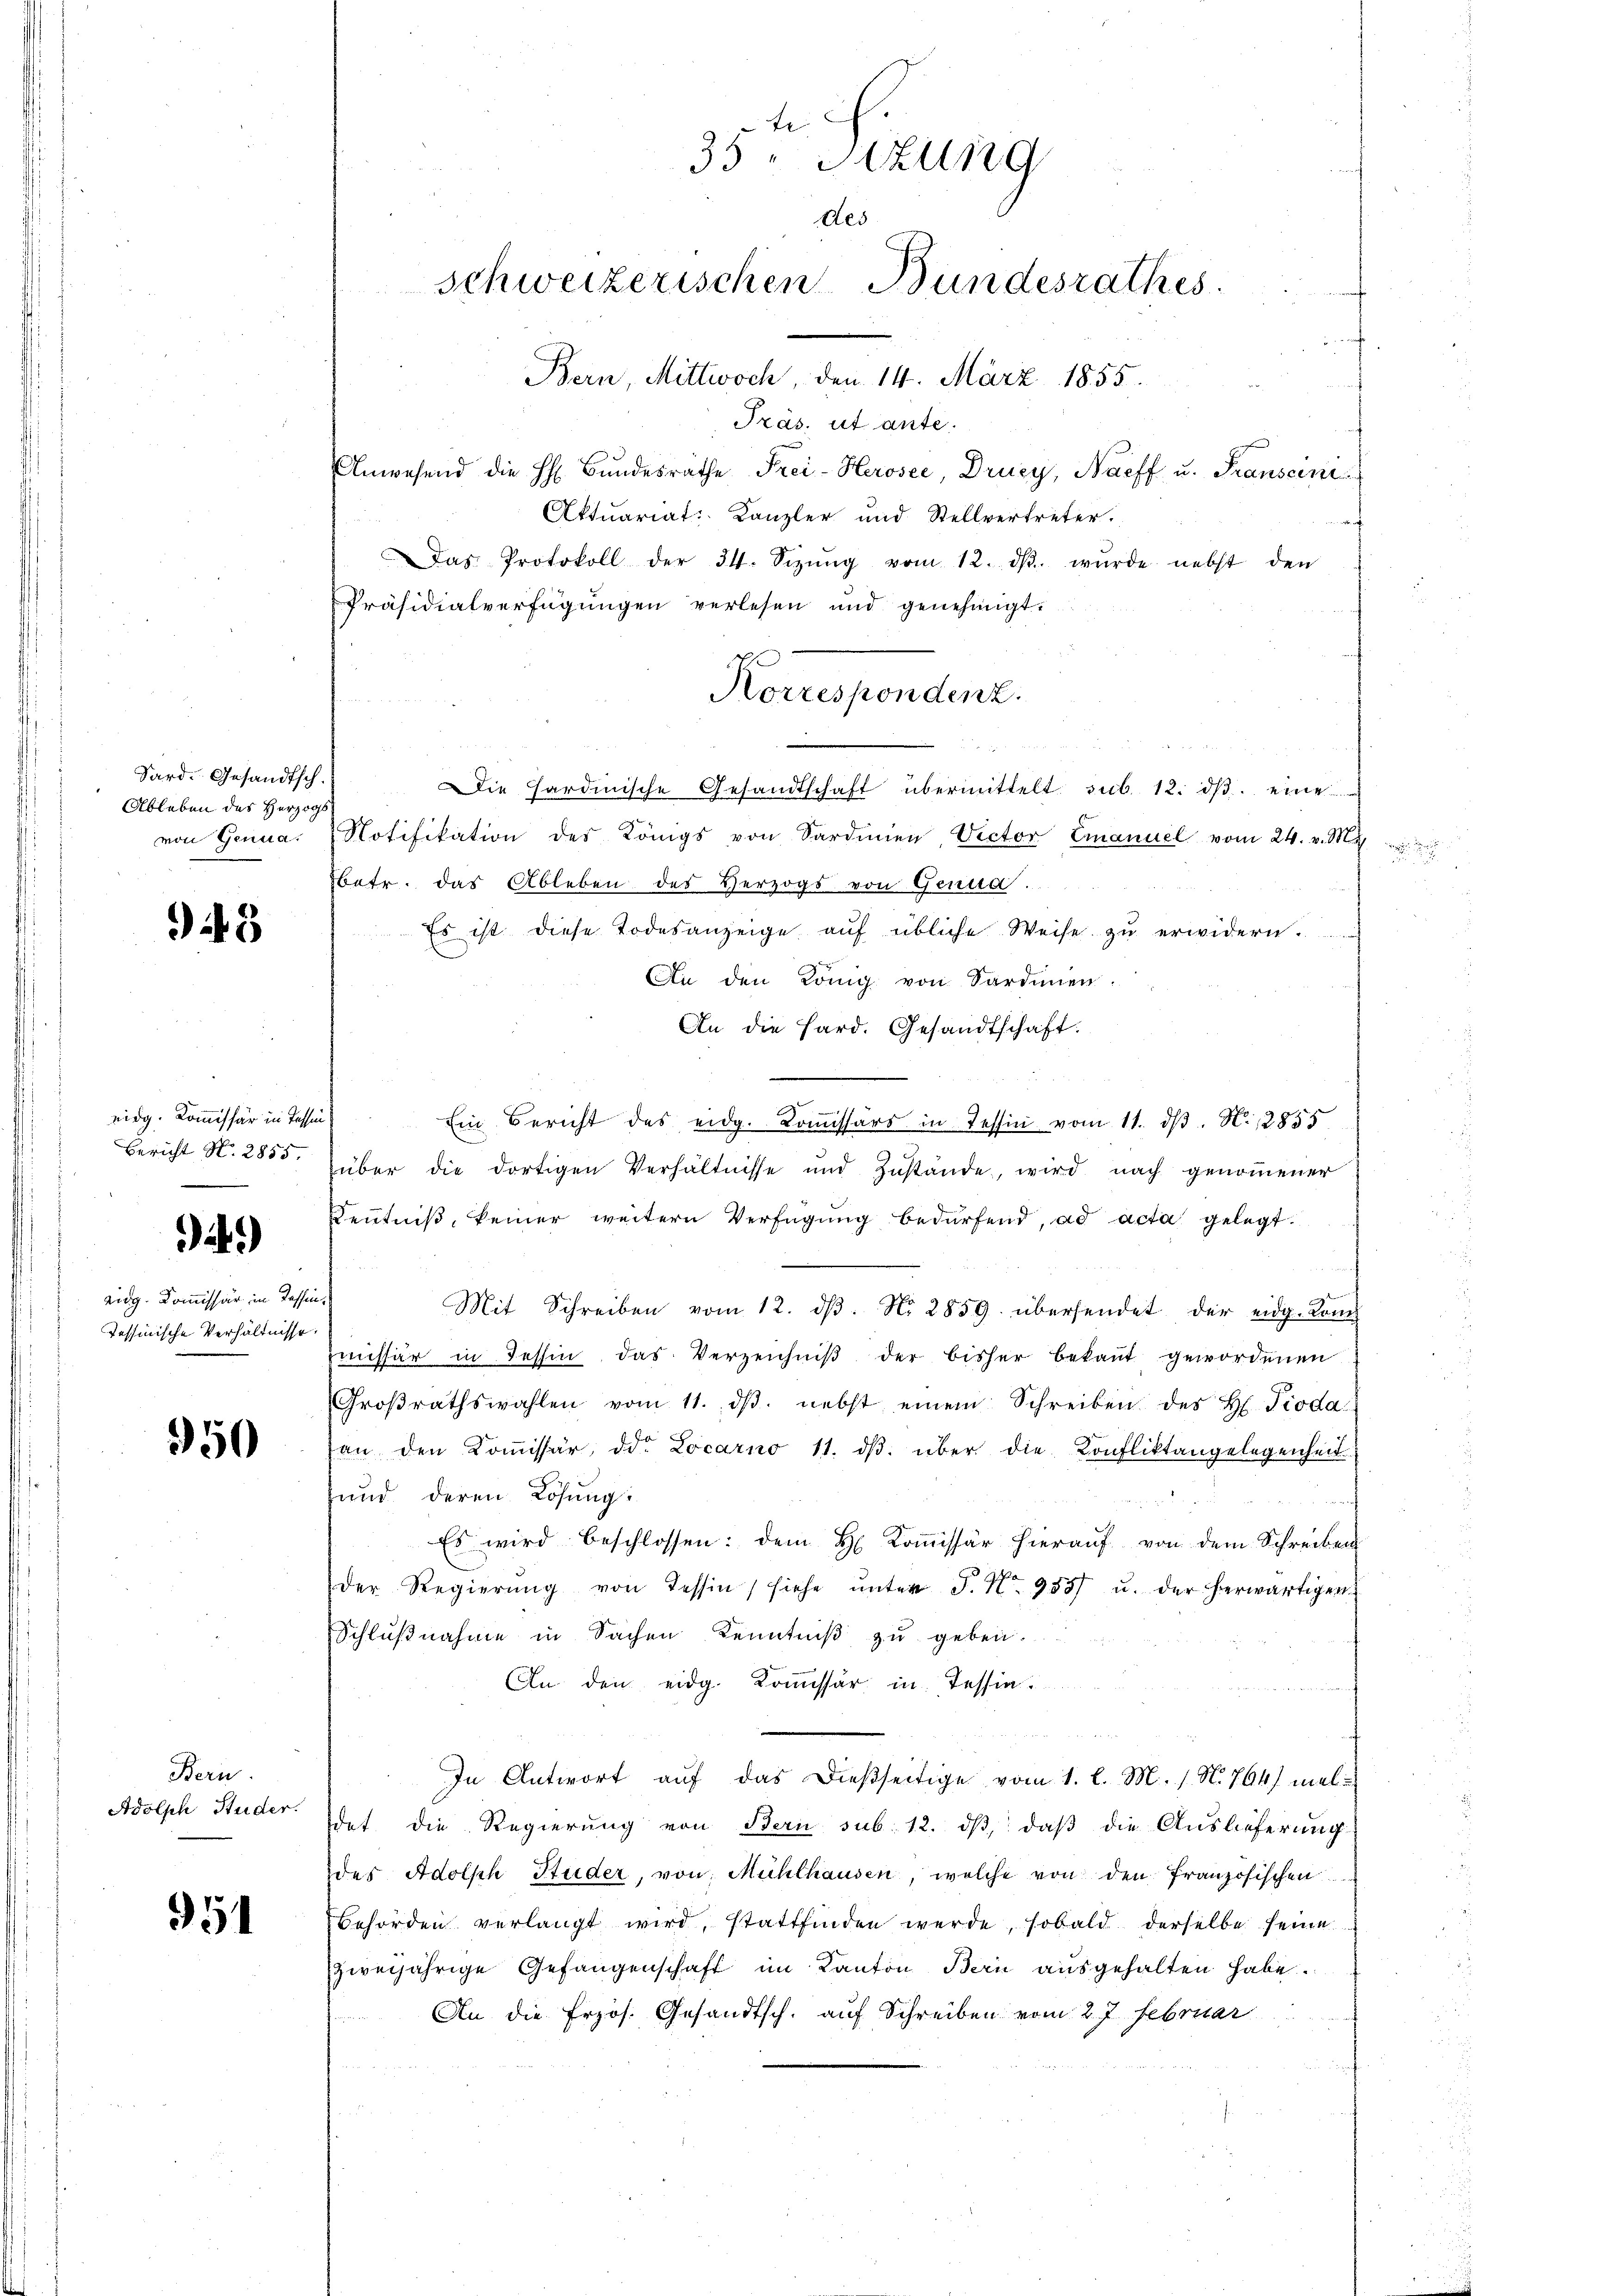
Sard. Gesandtsch.
Ableben des Herzogs
von Genua

943

eidg. Kommissär in Tessin
Bericht N. 2855.
.

49)

eidg. Kommissär in Tessin
Tessinische Verhältnisse.

350

Bern.
Adolph Studer.

951

te
35 Sitzung
des
Schweizerischen Bundesrathes
Bern, Mittwoch, den 14. März 1855.
Präs. ut ante.

Anwesend die h. Bŭndesrathe Frei-Herosee, Drucy, Naeff u. Transcini
Aktuariat Kanzler und Stellvertreter.
Das Protokoll der 34. Sizŭng vom 12. dβ. wurde nebst den
Präsidialverfügungen verlesen und genehmigt.
Die Hardinische Gesandtschaft übermittelt sub. 12. ds. eine
Notifikation des Königs von Sardinien Victor Emanuel vom 24. v. M.
betr. das Ableben des Herzogs von Genua.
Es ist diese Todesanzeige aŭf übliche Weise zu erwidern.
An den König. von Sardinien.
An die Hard. Gesandtschaft.
Ein Bericht des eidg. Koṁissärs in Tessin vom 11. dβ. N. 2855
über die dortigen Verhältnisse und Zŭstände, wird nach genommener
Kenntniß, keiner weitern Verfügung bedürfend, ad acta gelegt.
i
Mit Schreiben vom 12. dβ. N. 2859. übersendet der eidg. Kon
zmissär in Tessin, das Verzeichniβ der bisher bekannt gewordenen
Groβrathswahlen vom 11. dβ. nebst einem Schreiben des H. Pioda
an den Koṁissär, die Locarno 11. dβ über die Konfliktangelegenheit
und deren Lösung.
Es wird beschlossen: dem H. Koṁissär hieraŭf von dem Schreiben
Der Regierŭng von Tessin, siehe ŭnter P. Nr. 955 u. der herwärtigen
Schlußnahme in Sachen Kenntniß zu geben.
An den eidg. Kommissär in Tessin.
i
In Antwort auf das dießseitige vom 1. l. M. 1. No. 764) mal
det die Regierung von Bern sub. 12. dβ, daß die Auslieferung
des Adolph Studer, von Mühlhausen, welche von den Französischen
Behörden verlangt wird, stattfinden werde, sobald derselbe seine
zweijährige Gefangenschaft im Kanton Bern ausgehalten habe.
An die Frzös. Gesandtsch. auf Schreiben vom 27 Februar

Korrespondenz.